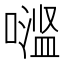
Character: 𱔬